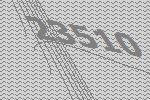
23510